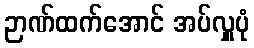
ဉာဏ်ထက်အောင် အပ်လှူပုံ